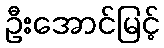
ဦးအောင်မြင့်